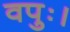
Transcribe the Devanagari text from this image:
वपुः।